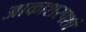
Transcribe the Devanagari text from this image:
आकाशस्पर्शी